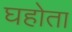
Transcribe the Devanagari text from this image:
घहोता